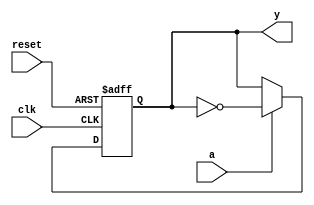
module bm(y,clk,reset,a);
output y;
reg y;
input clk,reset,a;
always @ (posedge clk or negedge reset)
  begin
   if (!reset)
     y <= 1'b0;
   else
     if (a)
       y <= ~y;
     else
       y <= y;
  end 
endmodule